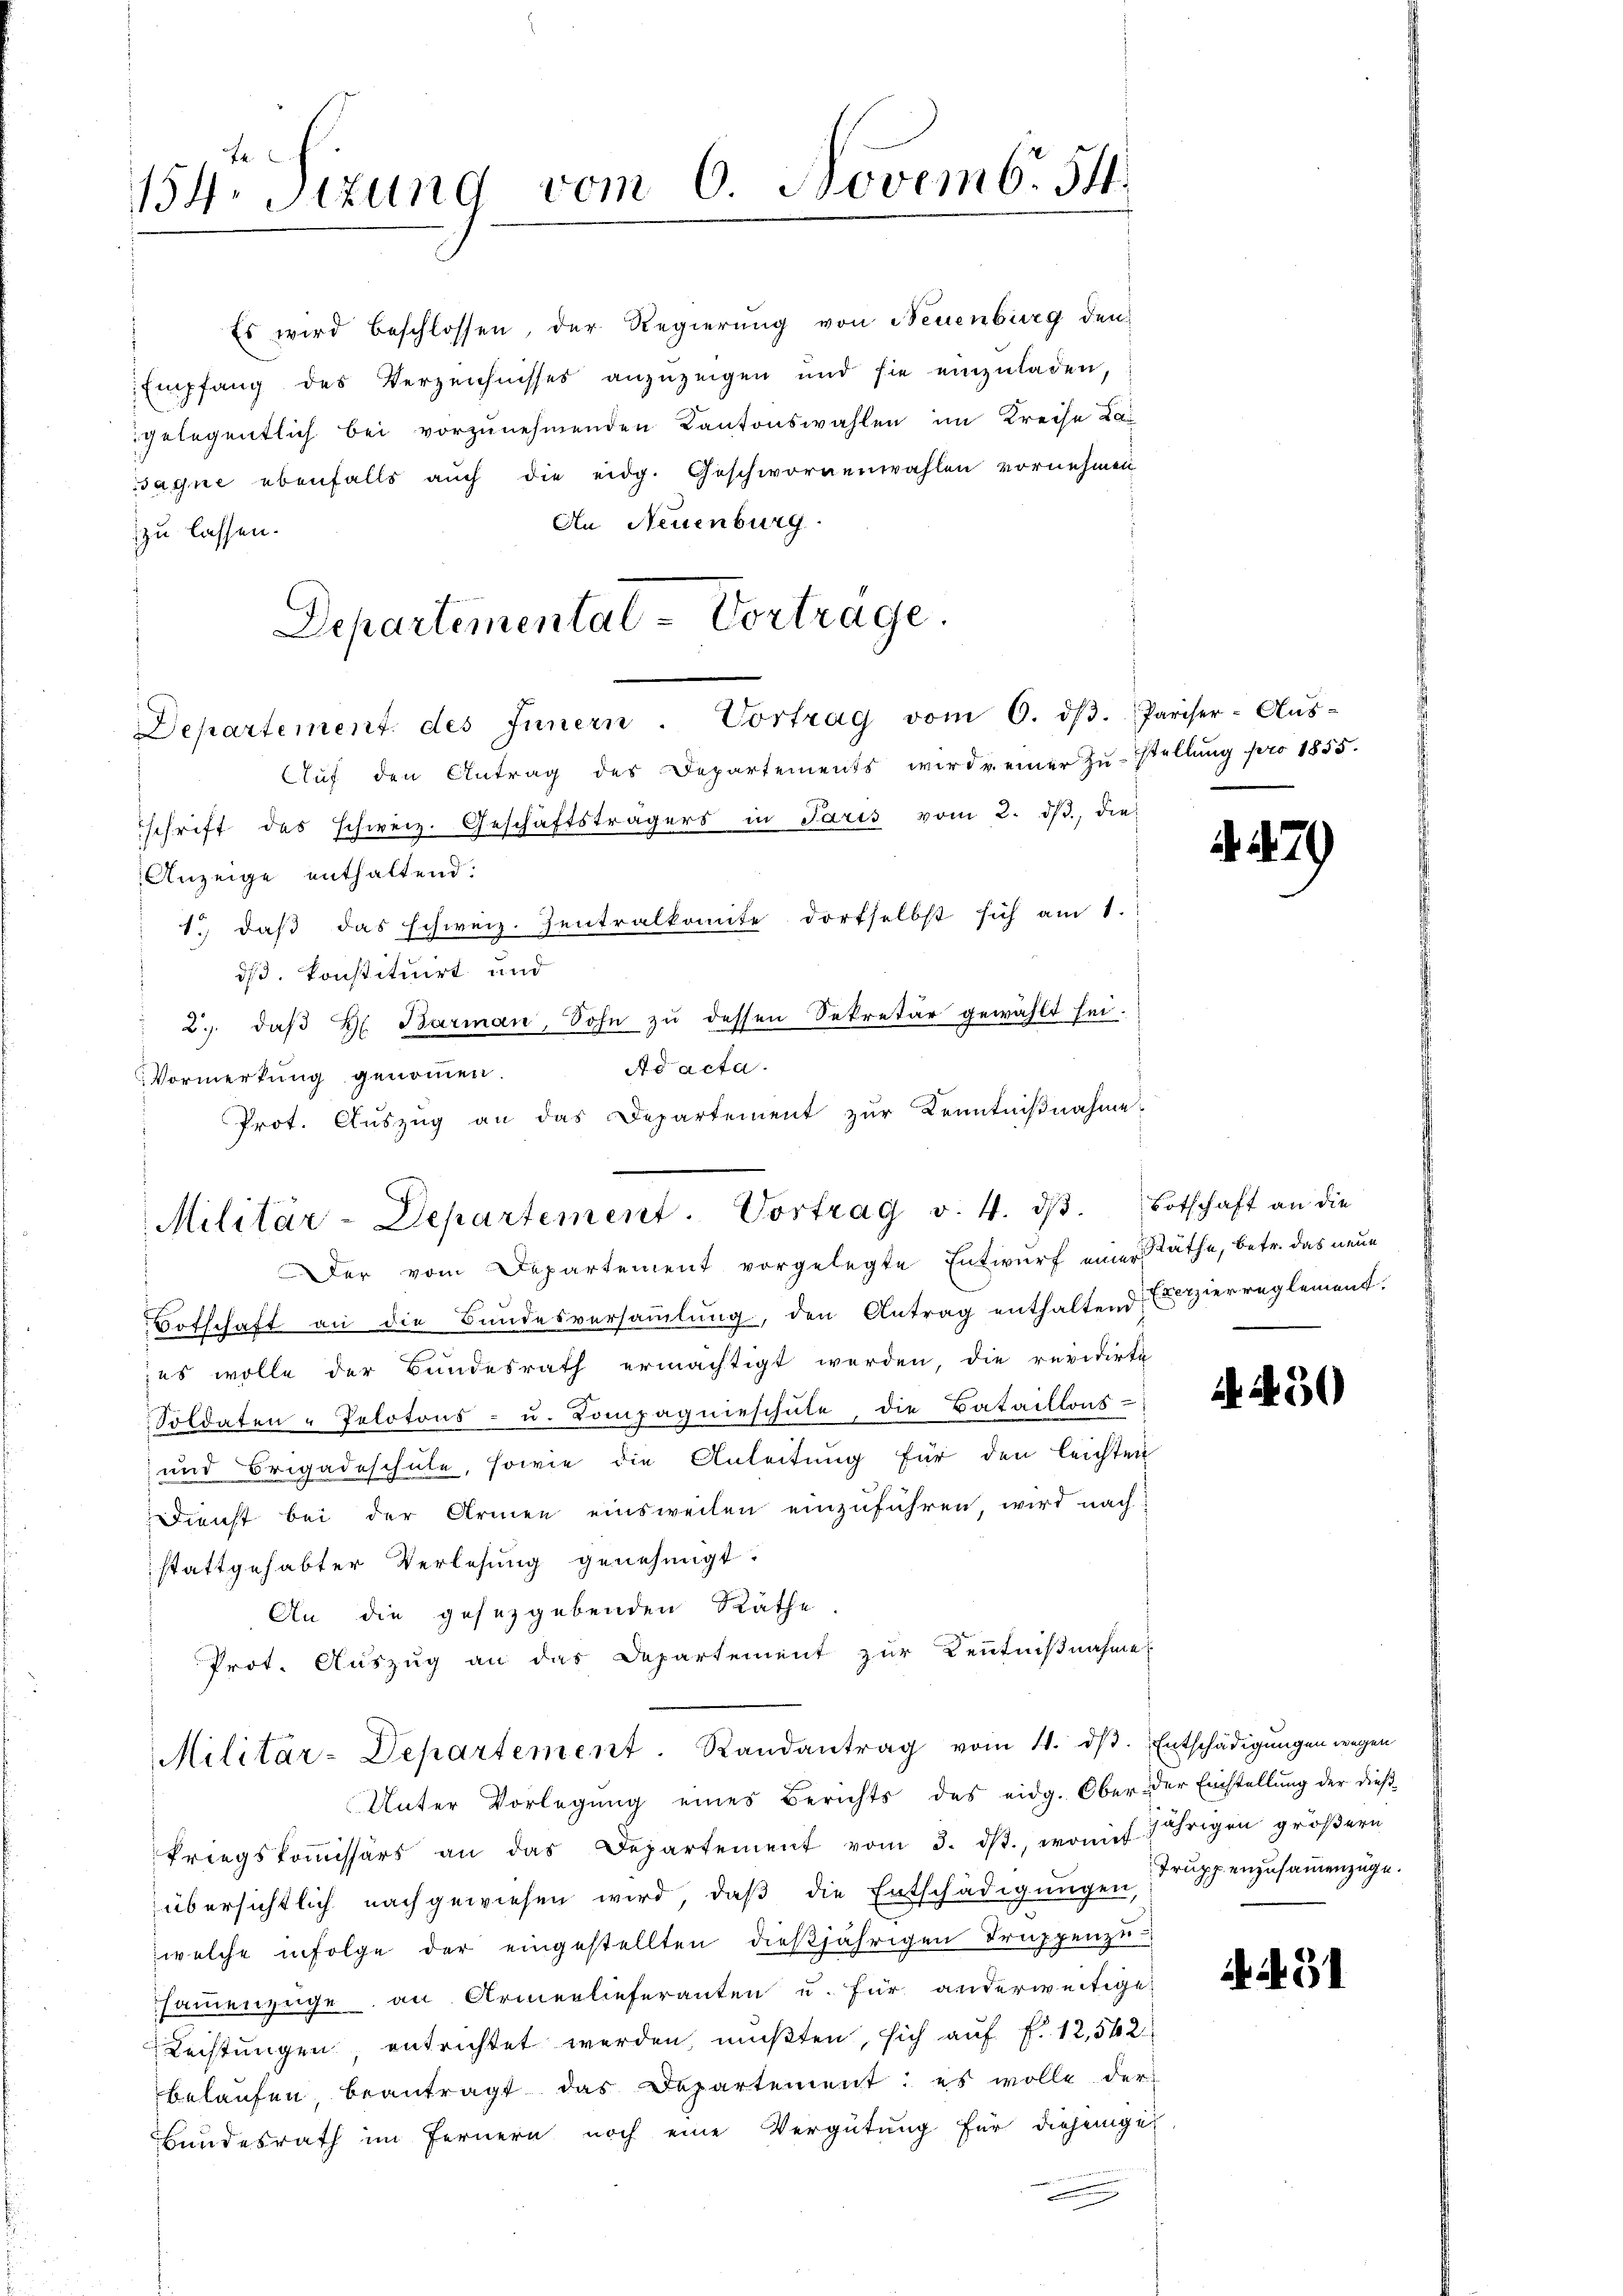
154. Sizung vom 6. Novemb. 54.

Es wird beschlossen, der Regierung von Neuenburg den
Empfang des Verzeichnisses anzuzeigen und sie einzuladen,
gelegentlich bei vorzunehmenden Kantonswahlen im Kreise Lasagne ebenfalls auch die eidg. Geschwornenwahlen vornehmen
An Neuenburg
zu lassen.

Departemental-Vortrage.
Departement des Innern. Vortrag vom 6. dβ. Pariser-Aŭs-
Aŭf den Antrag des Departements wird einer zŭstellŭng pro 1855.

schrift des schweiz. Geschäftsträgers in Paris vom 2. dβ, die-
Anzeige enthaltend:
1.) daß das schweiz. Zentralkomite dortselbst sich am 1.
dß. konstituirt und
2.. daβ H. Barman, Sohn zŭ dessen Sekretär gewählt sei.
Ad acta.
Vormerkung genommen.
Prot. Aŭszŭg an das Departement zŭr Kenntniβnahme-

Militär-Departement. Vortrag v. 4. dβ. Botschaft an die
Der vom Departement vorgelegte Entwurf einer Räthe, betr. das neue

Botschaft an die Bundesversaṁlŭng, den Antrag enthaltend Erzierreglement.
es wolle der Bundesrath ermächtigt werden, die revidirte
Soldaten "Pelotons- u. Kompagnieschŭle, die Bataillons-
und Brigadeschule, sowie die Anleitung für den leichten
Dienst bei der Armen einsweilen einzuführen, wird nach
stattgehabter Verlesung genehmigt.
An die gesetzgebenden Räthe
Prot. Auszug an das Departement zur Kenntnißnahme

Militär-Departement. Randantrag vom 11. dβ. Entschädigŭngen wegen
Unter Vorlegung eines Berichts des eidg. Ober der Einstellung der dieß¬

kriegskoṁissärs an das Departement vom 3. dβ. womit jährigen gröβern
übersichtlich nachgewiesen wird, daß die Entschädigungen
welche infolge der eingestellten dießjährigen Truppenze.
sammenzüge an Armerlieferanten u. für anderweitige
Rechtungen, entrichtet werden, mußten, sich auf f. 12,542
belaufen beantragt das Departement: es wolle der
Bundesrath im Fernern noch eine Vergütung für diejenige

f

230

Truppenzusammenzüge.

431